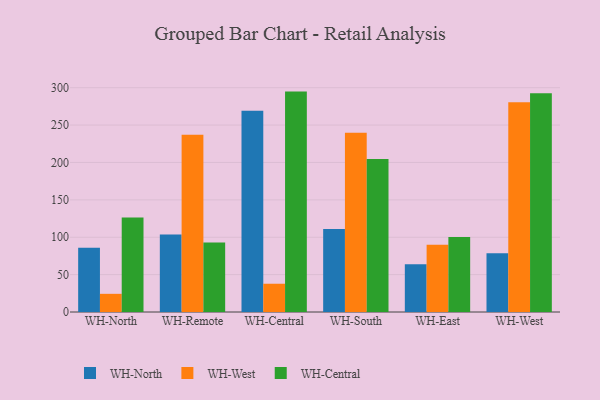
{"axis": {"x": "Warehouse", "y": "Temperature (°C)"}, "legend": ["WH-Central", "WH-North", "WH-West"], "data": [{"x": "WH-North", "y": 85.9, "type": "WH-North"}, {"x": "WH-North", "y": 24.3, "type": "WH-West"}, {"x": "WH-North", "y": 126.5, "type": "WH-Central"}, {"x": "WH-Remote", "y": 103.7, "type": "WH-North"}, {"x": "WH-Remote", "y": 237.2, "type": "WH-West"}, {"x": "WH-Remote", "y": 92.9, "type": "WH-Central"}, {"x": "WH-Central", "y": 269.3, "type": "WH-North"}, {"x": "WH-Central", "y": 37.8, "type": "WH-West"}, {"x": "WH-Central", "y": 294.8, "type": "WH-Central"}, {"x": "WH-South", "y": 111.0, "type": "WH-North"}, {"x": "WH-South", "y": 239.6, "type": "WH-West"}, {"x": "WH-South", "y": 204.7, "type": "WH-Central"}, {"x": "WH-East", "y": 63.9, "type": "WH-North"}, {"x": "WH-East", "y": 90.0, "type": "WH-West"}, {"x": "WH-East", "y": 100.4, "type": "WH-Central"}, {"x": "WH-West", "y": 78.5, "type": "WH-North"}, {"x": "WH-West", "y": 280.6, "type": "WH-West"}, {"x": "WH-West", "y": 292.5, "type": "WH-Central"}]}